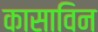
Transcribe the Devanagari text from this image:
कासाविन